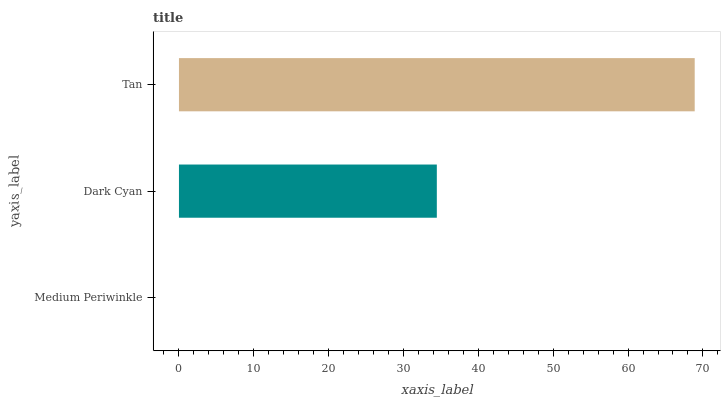
| yaxis_label | bars |
 | --- | --- |
 | Medium Periwinkle | 0 |
 | Dark Cyan | 34.5 |
 | Tan | 68.9 |